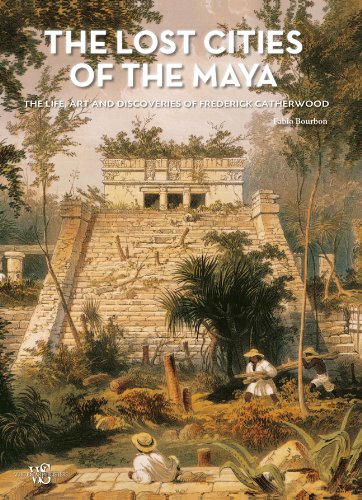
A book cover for The Lost Cities of the Maya: The Life, Art, and Discoveries of Frederick Catherwood; Fabio Bourbon; History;